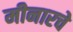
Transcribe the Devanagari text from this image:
मीनारचे